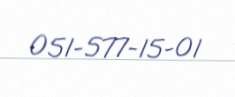
051-577-15-01